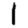
Digit: 1